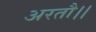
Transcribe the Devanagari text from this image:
अरतौ।।